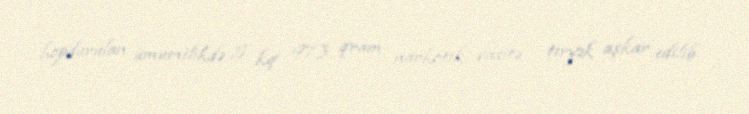
hopdurulan ümumilikdə 5 kq 973 qram narkotik vasitə - tiryək aşkar edilib.